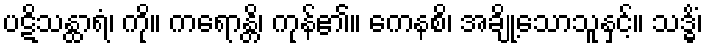
ပဋိသန္ထာရံ၊ ကို။ ကရောန္တိ၊ ကုန်၏။ ကေနစိ၊ အချို့သောသူနှင့်။ သဒ္ဓိံ၊